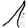
Digit: 1